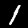
Label: 1